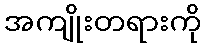
အကျိုးတရားကို